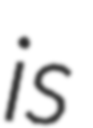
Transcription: is